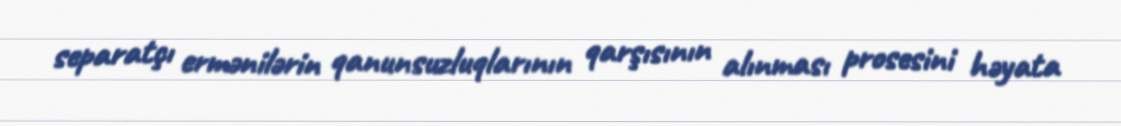
separatçı ermənilərin qanunsuzluqlarının qarşısının alınması prosesini həyata